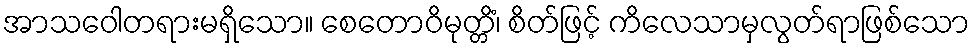
အာသဝေါတရားမရှိသော။ စေတောဝိမုတ္တိံ၊ စိတ်ဖြင့် ကိလေသာမှလွတ်ရာဖြစ်သော